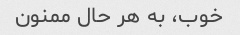
خوب، به هر حال ممنون